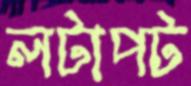
লটাপট